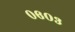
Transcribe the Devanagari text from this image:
०६०३